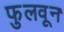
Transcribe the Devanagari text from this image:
फुलवून